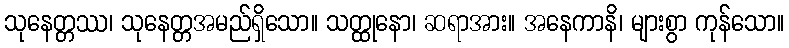
သုနေတ္တဿ၊ သုနေတ္တအမည်ရှိသော။ သတ္ထုနော၊ ဆရာအား။ အနေကာနိ၊ များစွာ ကုန်သော။